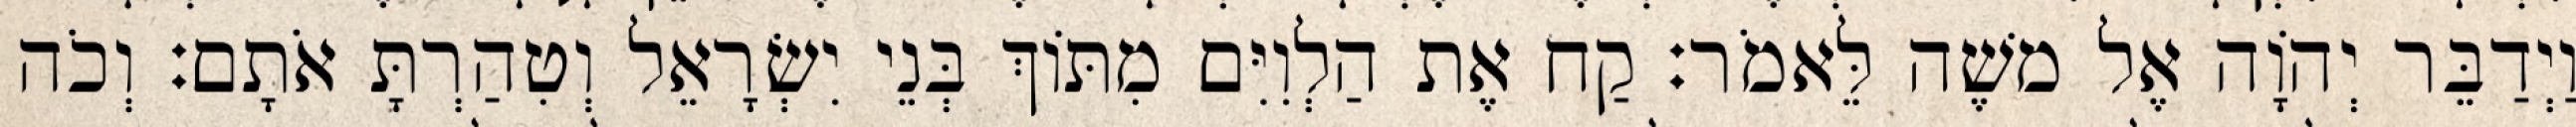
וַיְדַבֵּר יְהוָֹה אֶל משֶׁה לֵּאמֹר׃ קַח אֶת הַלְוִיִּם מִתּוֹךְ בְּנֵי יִשְׂרָאֵל וְטִהַרְתָּ אֹתָם׃ וְכֹה